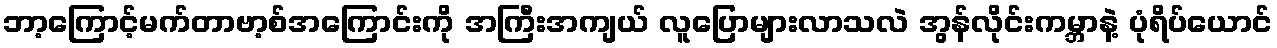
ဘာ့ကြောင့်မက်တာဗာ့စ်အကြောင်းကို အကြီးအကျယ် လူပြောများလာသလဲ အွန်လိုင်းကမ္ဘာနဲ့ ပုံရိပ်ယောင်